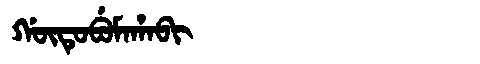
Manchu: ᡤᡡᡨᡠᠪᡠᠮᠠᡥᠠᠪᡳ
Romanization: GŪTUBUMAHABI